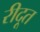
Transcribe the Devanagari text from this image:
रीदूत